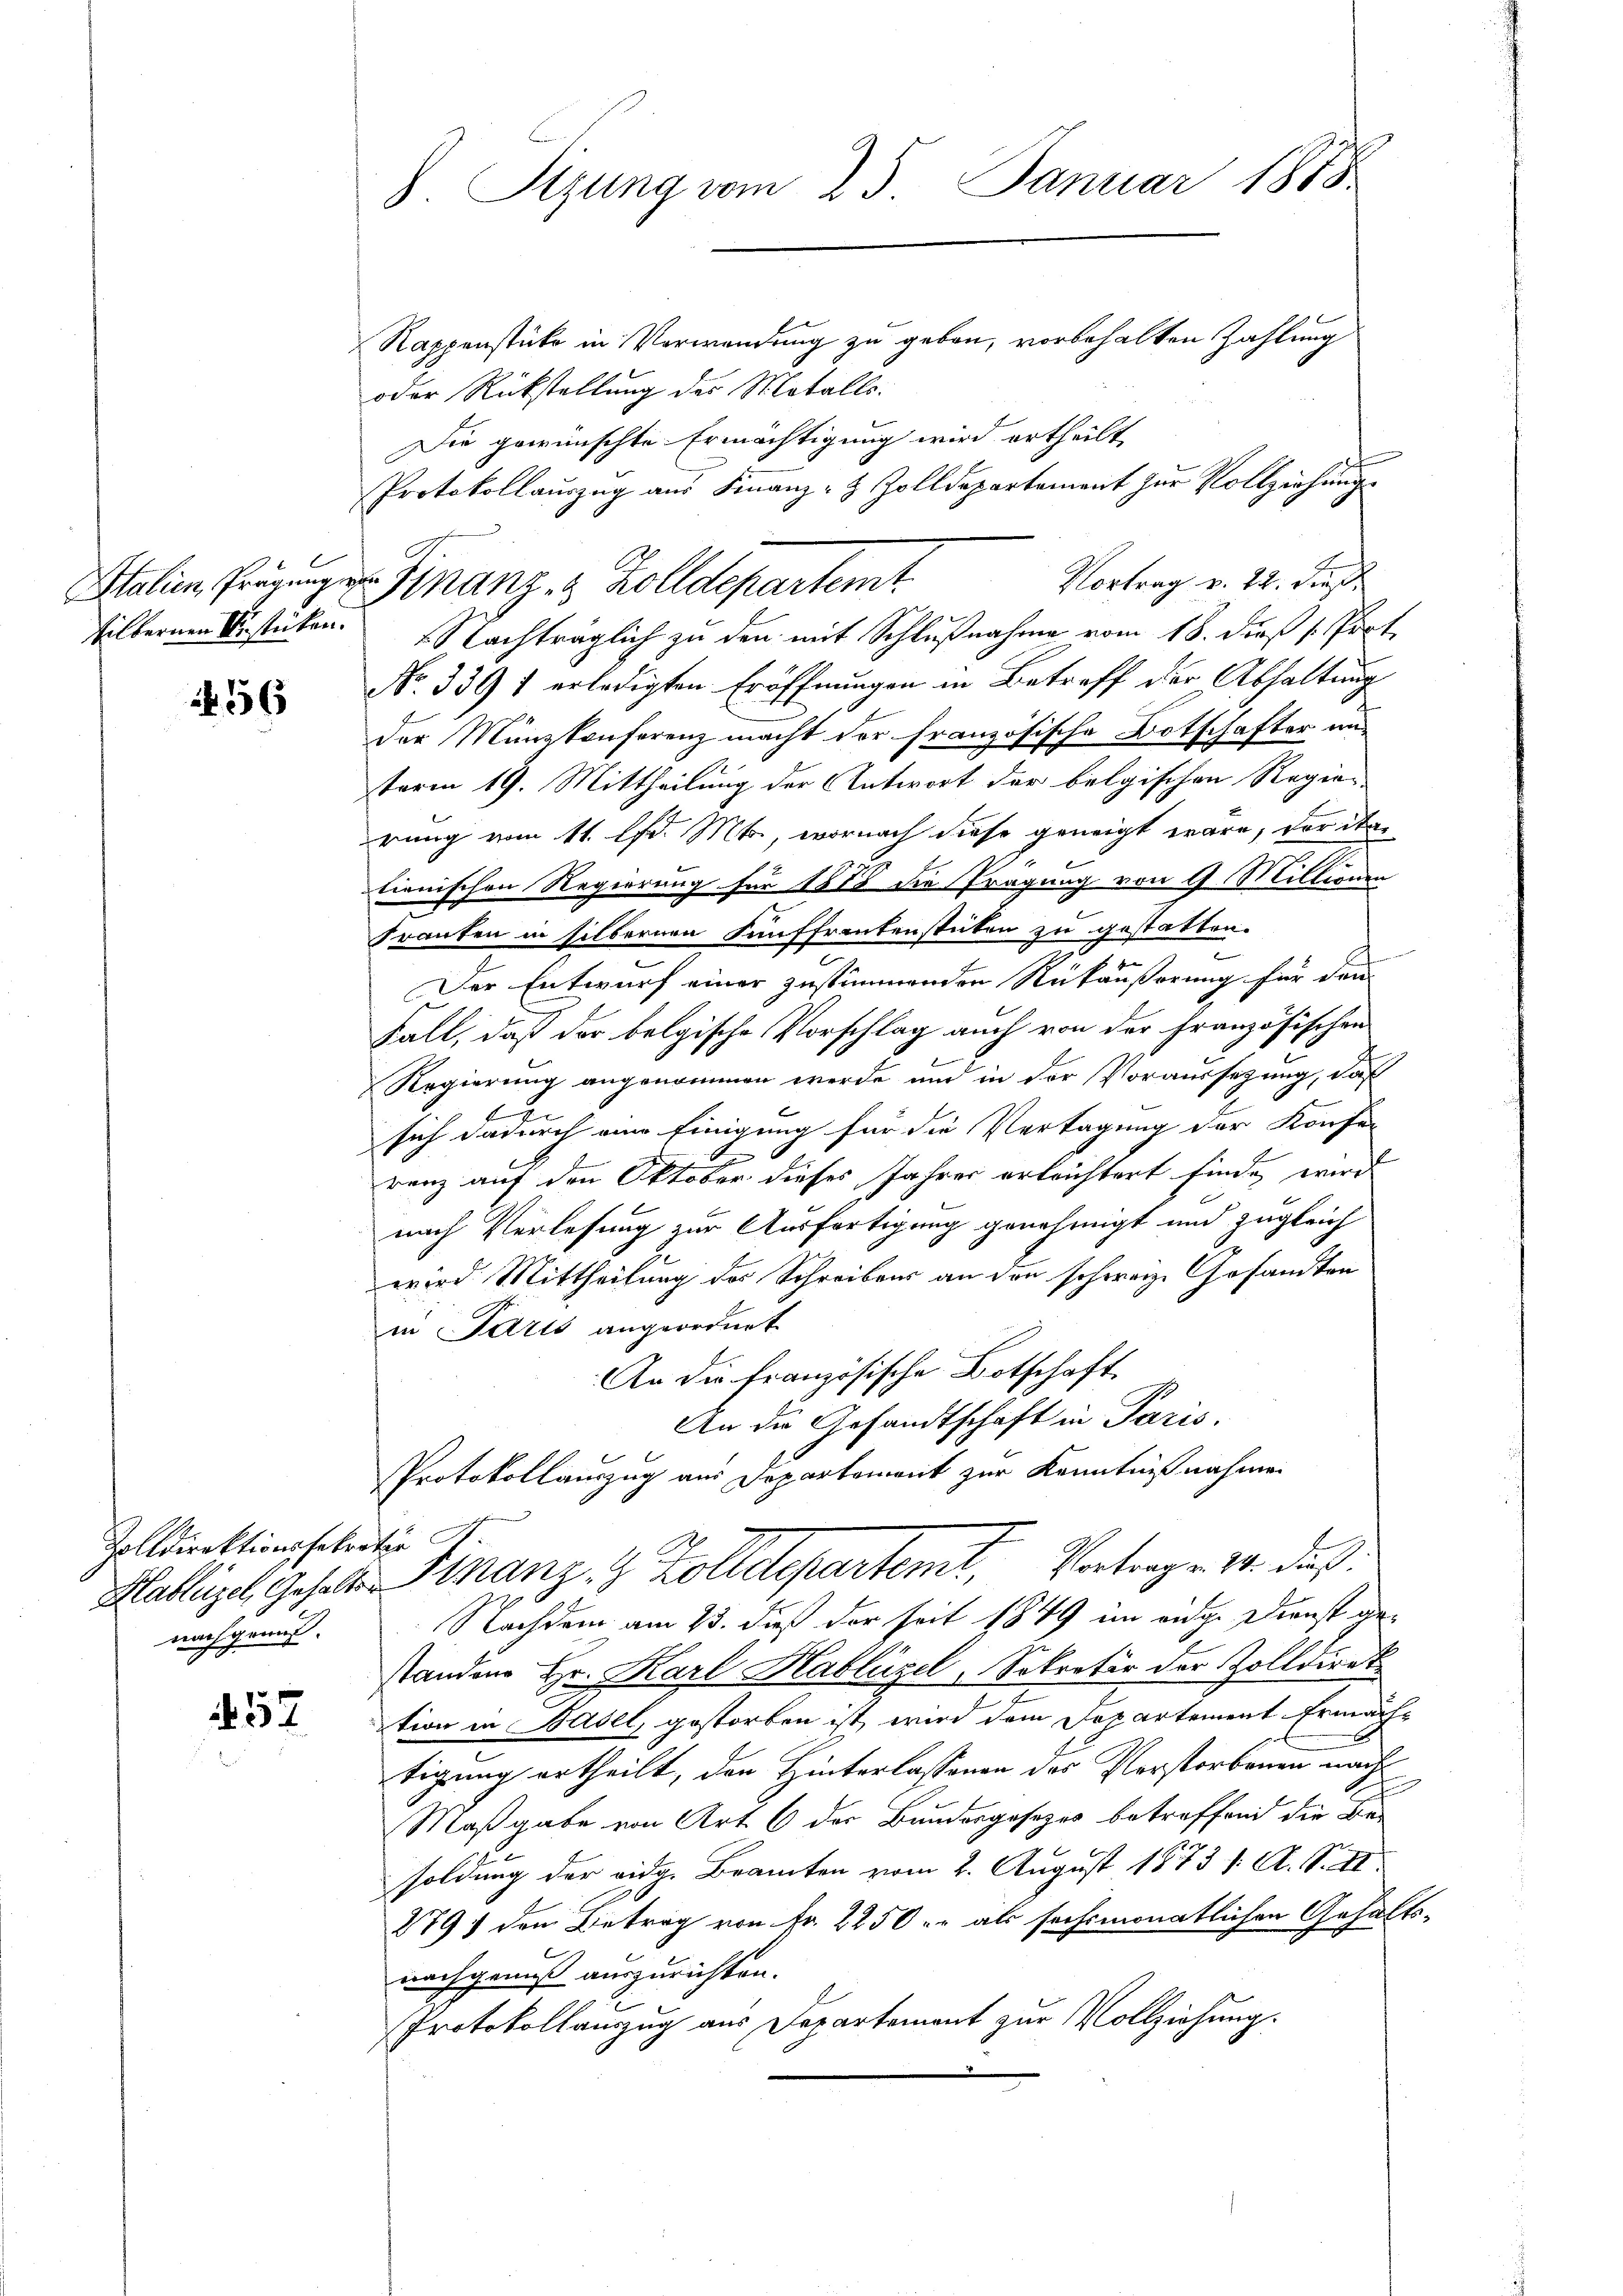
Italien, Prägung
silbernen Besticken.

1456

Zolldirektionssekreter St.
nachgeauf¬

452

8. Sizung vom 25. Januar 1888
Rappenstücke in Verwendung zu geben, vorbehalten Zahlung
oder Rückstellung der Metalls.

Finanz- & Zolldepartemt

Die gewünschte Ermächtigung wird ertheilt
Protokollaŭszŭg aŭs Finanz- & Zolldepartement zŭr Vollziehŭng
Vortrag v. 22. dieß
Nachträglich zu den mit Schlußnahme vom 18. dieß Prot
No. 339 1 erledigten Eröffnungen in Betreff der Abhaltung
der Münzkonferenz macht der französische Botschafter unterm 19. Mittheilung der Antwort der belgischen Regien-
rung vom 11. lfd. Mts., wornach diese geneigt wäre, der ita
tianischen Regierung für 1878 die Pragung von 9 Millionen
Franken in silbernen Fünffrankenstücken zu gestatten.
Der Entwurf einer zustimmenden Rückäußerung für den
Fall, daß der belgische Vorschlag auch von der Französischen
Regierung angenommen werde und in der Voraussetzung, daß
u
sich dadurch eine Einigung für die Vertagung der Konfer
renz auf den Oktober dieses Jahres erleichtert finde, wird
nach Verlesung zur Ausfertigung genehmigt und zugleich
wird Mittheilung des Schreibens an den schweiz. Gesandten
in Paris angeordnet
An die französische Botschaft
An die Gesandtschaft in Paris.
Protokollauszug aus Departement zur Kenntnißnahmen

1
Hablügel Gehalte Stranz, 9 Zolldepartemt, Vortrag. 24. daß

Nachdem am 23. dieß der seit 1849 im eidge Dienst ge-
Standen Hr. Karl Hablützel, Sekretär der Zolldirek
tion in Basel, gestorben ist, wird dem Departement Ermächtigung ertheilt, den Hinterlassenen des Verstorbenen nach
Maßgabe von Art. 6 der Bundesgesetzes betreffend die Be
soldung der eidg. Beamten vom 2. August 1873 1. A. S. II
2791 den Betrag von Fr. 2250 u. als sechsmonatlichen Gehalts-
nachgenuß auszurichten.
Protokollanzzug aus Departement zur Vollziehung.